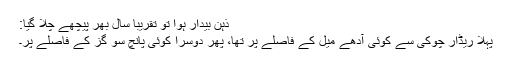
ذہن بیدار ہوا تو تقریباً سال بھر پیچھے چلا گیا:
پہلا ریڈار چوکی سے کوئی آدھے میل کے فاصلے پر تھا، پھر دوسرا کوئی پانچ سو گز کے فاصلے پر۔